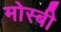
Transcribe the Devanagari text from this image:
मोस्बी